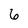
Character: 6